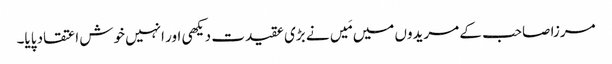
مرزا صاحب کے مریدوں میں مَیں نے بڑی عقیدت دیکھی اور انہیں خوش اعتقاد پایا۔